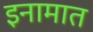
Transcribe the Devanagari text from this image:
इनामात